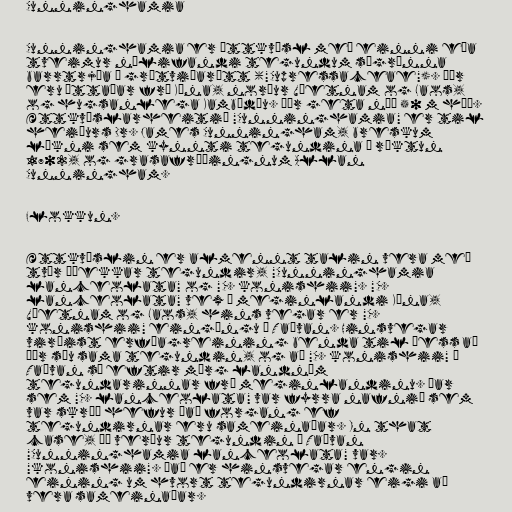
Cunninghamia

Cunninghamia er ættkvísl með einni eða
tveimur núlifandi tegundum sígrænna
barrtrjáa í grátviðarætt ("Cupressaceae"). Þær
eru ættaðar frá Kína, norður Víetnam og Laos,
og hugsanlega Kambódíu. Þær geta náð 50 m hæð.
Ættkvíslarheitið "Cunninghamia" er til
heiðurs Dr. James Cunningham, breskum
lækni sem kynnti tegundina í ræktun
1702, og grasafræðingnum Allan
Cunningham.

Flokkun.

Ættkvíslin er almennt talin vera með
tvær áþekkar tegundir, "Cunninghamia
lanceolata" og "C. konishii". "C.
lanceolata" vex á meginlandi Kína,
Víetnam og Laos, hins vegar er "C.
konishii" eingöngu í Taívan. Hinsvegar
virðist erfðagreining benda til þess að
þær séu sama tegundin, og að "C. konishii" í
Taívan sé eftir mörg landnám
tegundarinnar frá meginlandinu. Þar
sem "C. lanceolata" var fyrra nafnið sem
var skráð hefur það forgang ef
tegundirnar eru sameinaðar. In that
case, Þá verður tegundin í Taívan
"Cunninghamia lanceolata" var.
"konishii". Það er hinsvegar engin
eining um hvort tegundirnar eigi að
vera sameinaðar.